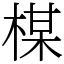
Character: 楳